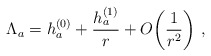
\begin{align*}\Lambda_a= h_a^{(0)}+{h_a^{(1)}\over r}+O\!\left({1\over r^2}\right)\,,\end{align*}